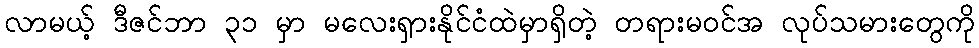
လာမယ့် ဒီဇင်ဘာ ၃၁ မှာ မလေးရှားနိုင်ငံထဲမှာရှိတဲ့ တရားမဝင်အ လုပ်သမားတွေကို